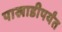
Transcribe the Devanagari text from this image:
पाखाडीपर्यंत